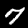
Digit: 7